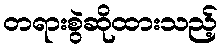
တရားစွဲဆိုထားသည့်